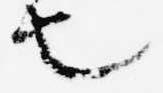
也